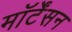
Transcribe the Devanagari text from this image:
मॉर्टेंसन